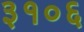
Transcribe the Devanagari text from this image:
३१०६